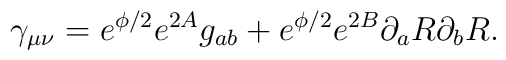
\gamma_{\mu \nu} = e^{\phi/2} e^{2A} g_{ab} + e^{\phi/2} e^{2B}\partial_a R \partial_b R.